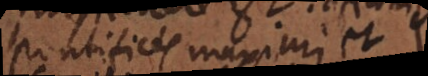
Pontifices Maximi et